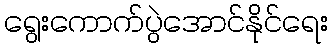
ရွေးကောက်ပွဲအောင်နိုင်ရေး